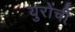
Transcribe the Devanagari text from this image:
युरोंची